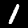
Label: 1